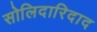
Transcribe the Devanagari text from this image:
सोलिदारिदाद